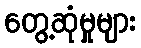
တွေ့ဆုံမှုများ